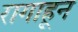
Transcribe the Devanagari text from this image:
रागाहून